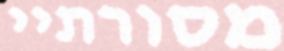
מסורתיי